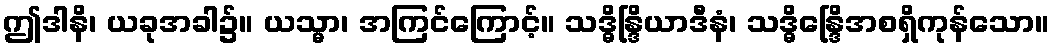
ဤဒါနိ၊ ယခုအခါ၌။ ယသ္မာ၊ အကြင်ကြောင့်။ သဒ္ဓိန္ဒြိယာဒီနံ၊ သဒ္ဓိန္ဒြေိအစရှိကုန်သော။